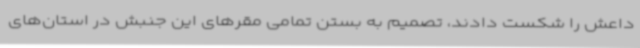
داعش را شکست دادند، تصمیم به بستن تمامی مقرهای این جنبش در استان‌های